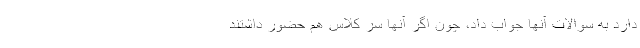
دارد به سوالات آنها جواب داد، چون اگر آنها سر کلاس هم حضور داشتند